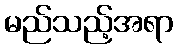
မည်သည့်အရာ